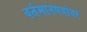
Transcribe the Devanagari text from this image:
वर्तमानपत्रांवर